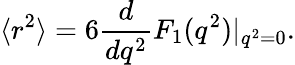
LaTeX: \langle r^{2}\rangle=6\frac{d}{dq^{2}}F_{1}(q^{2})|_{q^{2}=0}.